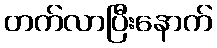
တက်လာပြီးနောက်